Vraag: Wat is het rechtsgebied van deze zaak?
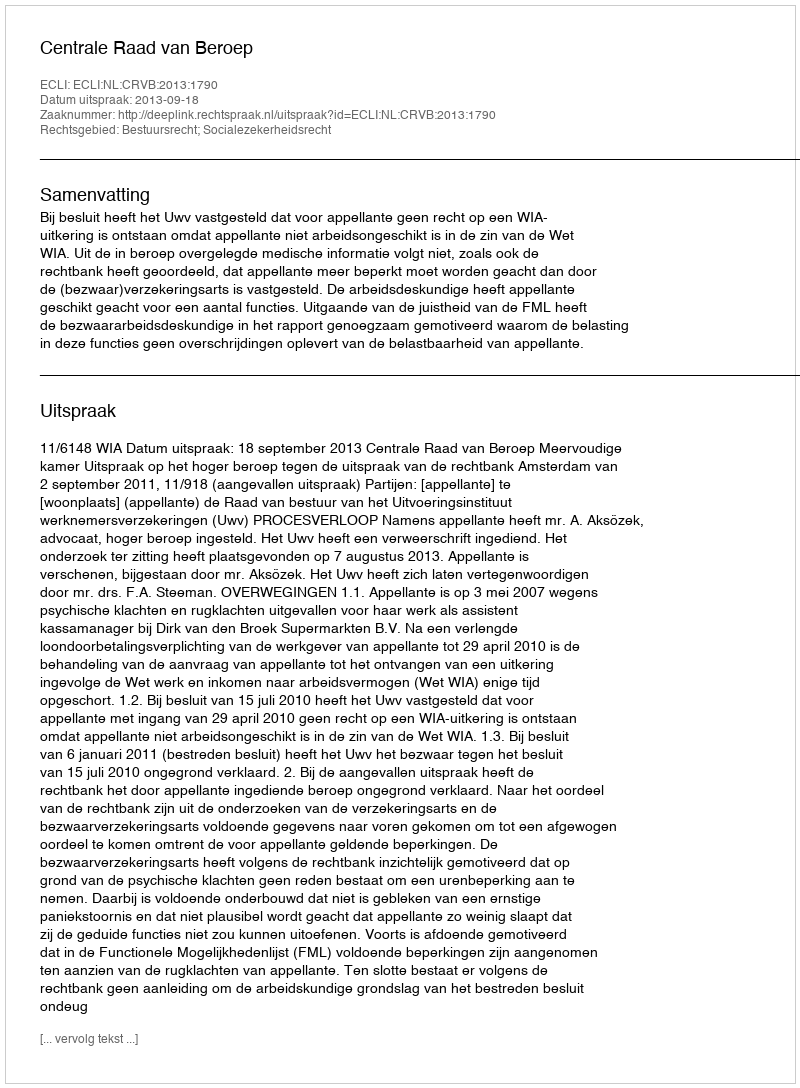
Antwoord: Bestuursrecht; Socialezekerheidsrecht